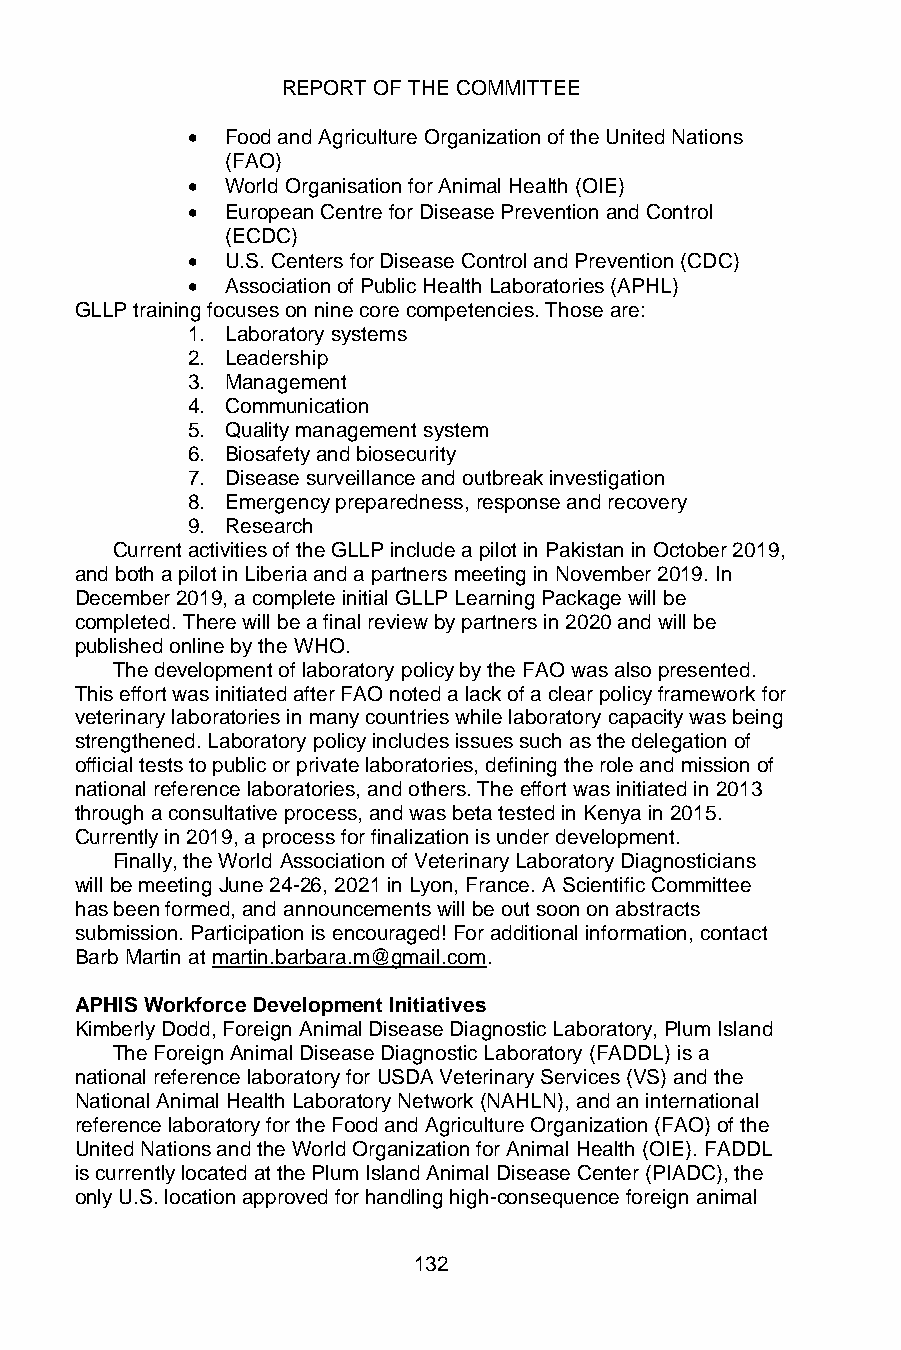
REPORT OF THE COMMITTEE
 •  Food and Agriculture Organization of the United Nations
 (FAO)
 •  World Organisation for Animal Health (OIE)
 •  European Centre for Disease Prevention and Control
 (ECDC)
 •  U.S. Centers for Disease Control and Prevention (CDC)
 •  Association of Public Health Laboratories (APHL)
 GLLP training focuses on nine core competencies. Those are:
 1. Laboratory systems
 2. Leadership
 3. Management
 4. Communication
 5. Quality management system
 6. Biosafety and biosecurity
 7. Disease surveillance and outbreak investigation
 8. Emergency preparedness, response and recovery
 9. Research
 Current activities of the GLLP include a pilot in Pakistan in October 2019,
 and both a pilot in Liberia and a partners meeting in November 2019. In
 December 2019, a complete initial GLLP Learning Package will be
 completed. There will be a final review by partners in 2020 and will be
 published online by the WHO.
 The development of laboratory policy by the FAO was also presented.
 This effort was initiated after FAO noted a lack of a clear policy framework for
 veterinary laboratories in many countries while laboratory capacity was being
 strengthened. Laboratory policy includes issues such as the delegation of
 official tests to public or private laboratories, defining the role and mission of
 national reference laboratories, and others. The effort was initiated in 2013
 through a consultative process, and was beta tested in Kenya in 2015.
 Currently in 2019, a process for finalization is under development.
 Finally, the World Association of Veterinary Laboratory Diagnosticians
 will be meeting June 24-26, 2021 in Lyon, France. A Scientific Committee
 has been formed, and announcements will be out soon on abstracts
 submission. Participation is encouraged! For additional information, contact
 Barb Martin at martin.barbara.m@gmail.com.
 APHIS Workforce Development Initiatives
 Kimberly Dodd, Foreign Animal Disease Diagnostic Laboratory, Plum Island
 The Foreign Animal Disease Diagnostic Laboratory (FADDL) is a
 national reference laboratory for USDA Veterinary Services (VS) and the
 National Animal Health Laboratory Network (NAHLN), and an international
 reference laboratory for the Food and Agriculture Organization (FAO) of the
 United Nations and the World Organization for Animal Health (OIE). FADDL
 is currently located at the Plum Island Animal Disease Center (PIADC), the
 only U.S. location approved for handling high-consequence foreign animal
 132